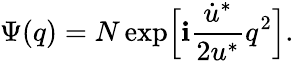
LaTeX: \Psi(q)=N\exp\Bigl[\mathbf{i}\frac{{\dot{{u}}^{*}}}{{2u^{*}}}q^{2}\Bigr].